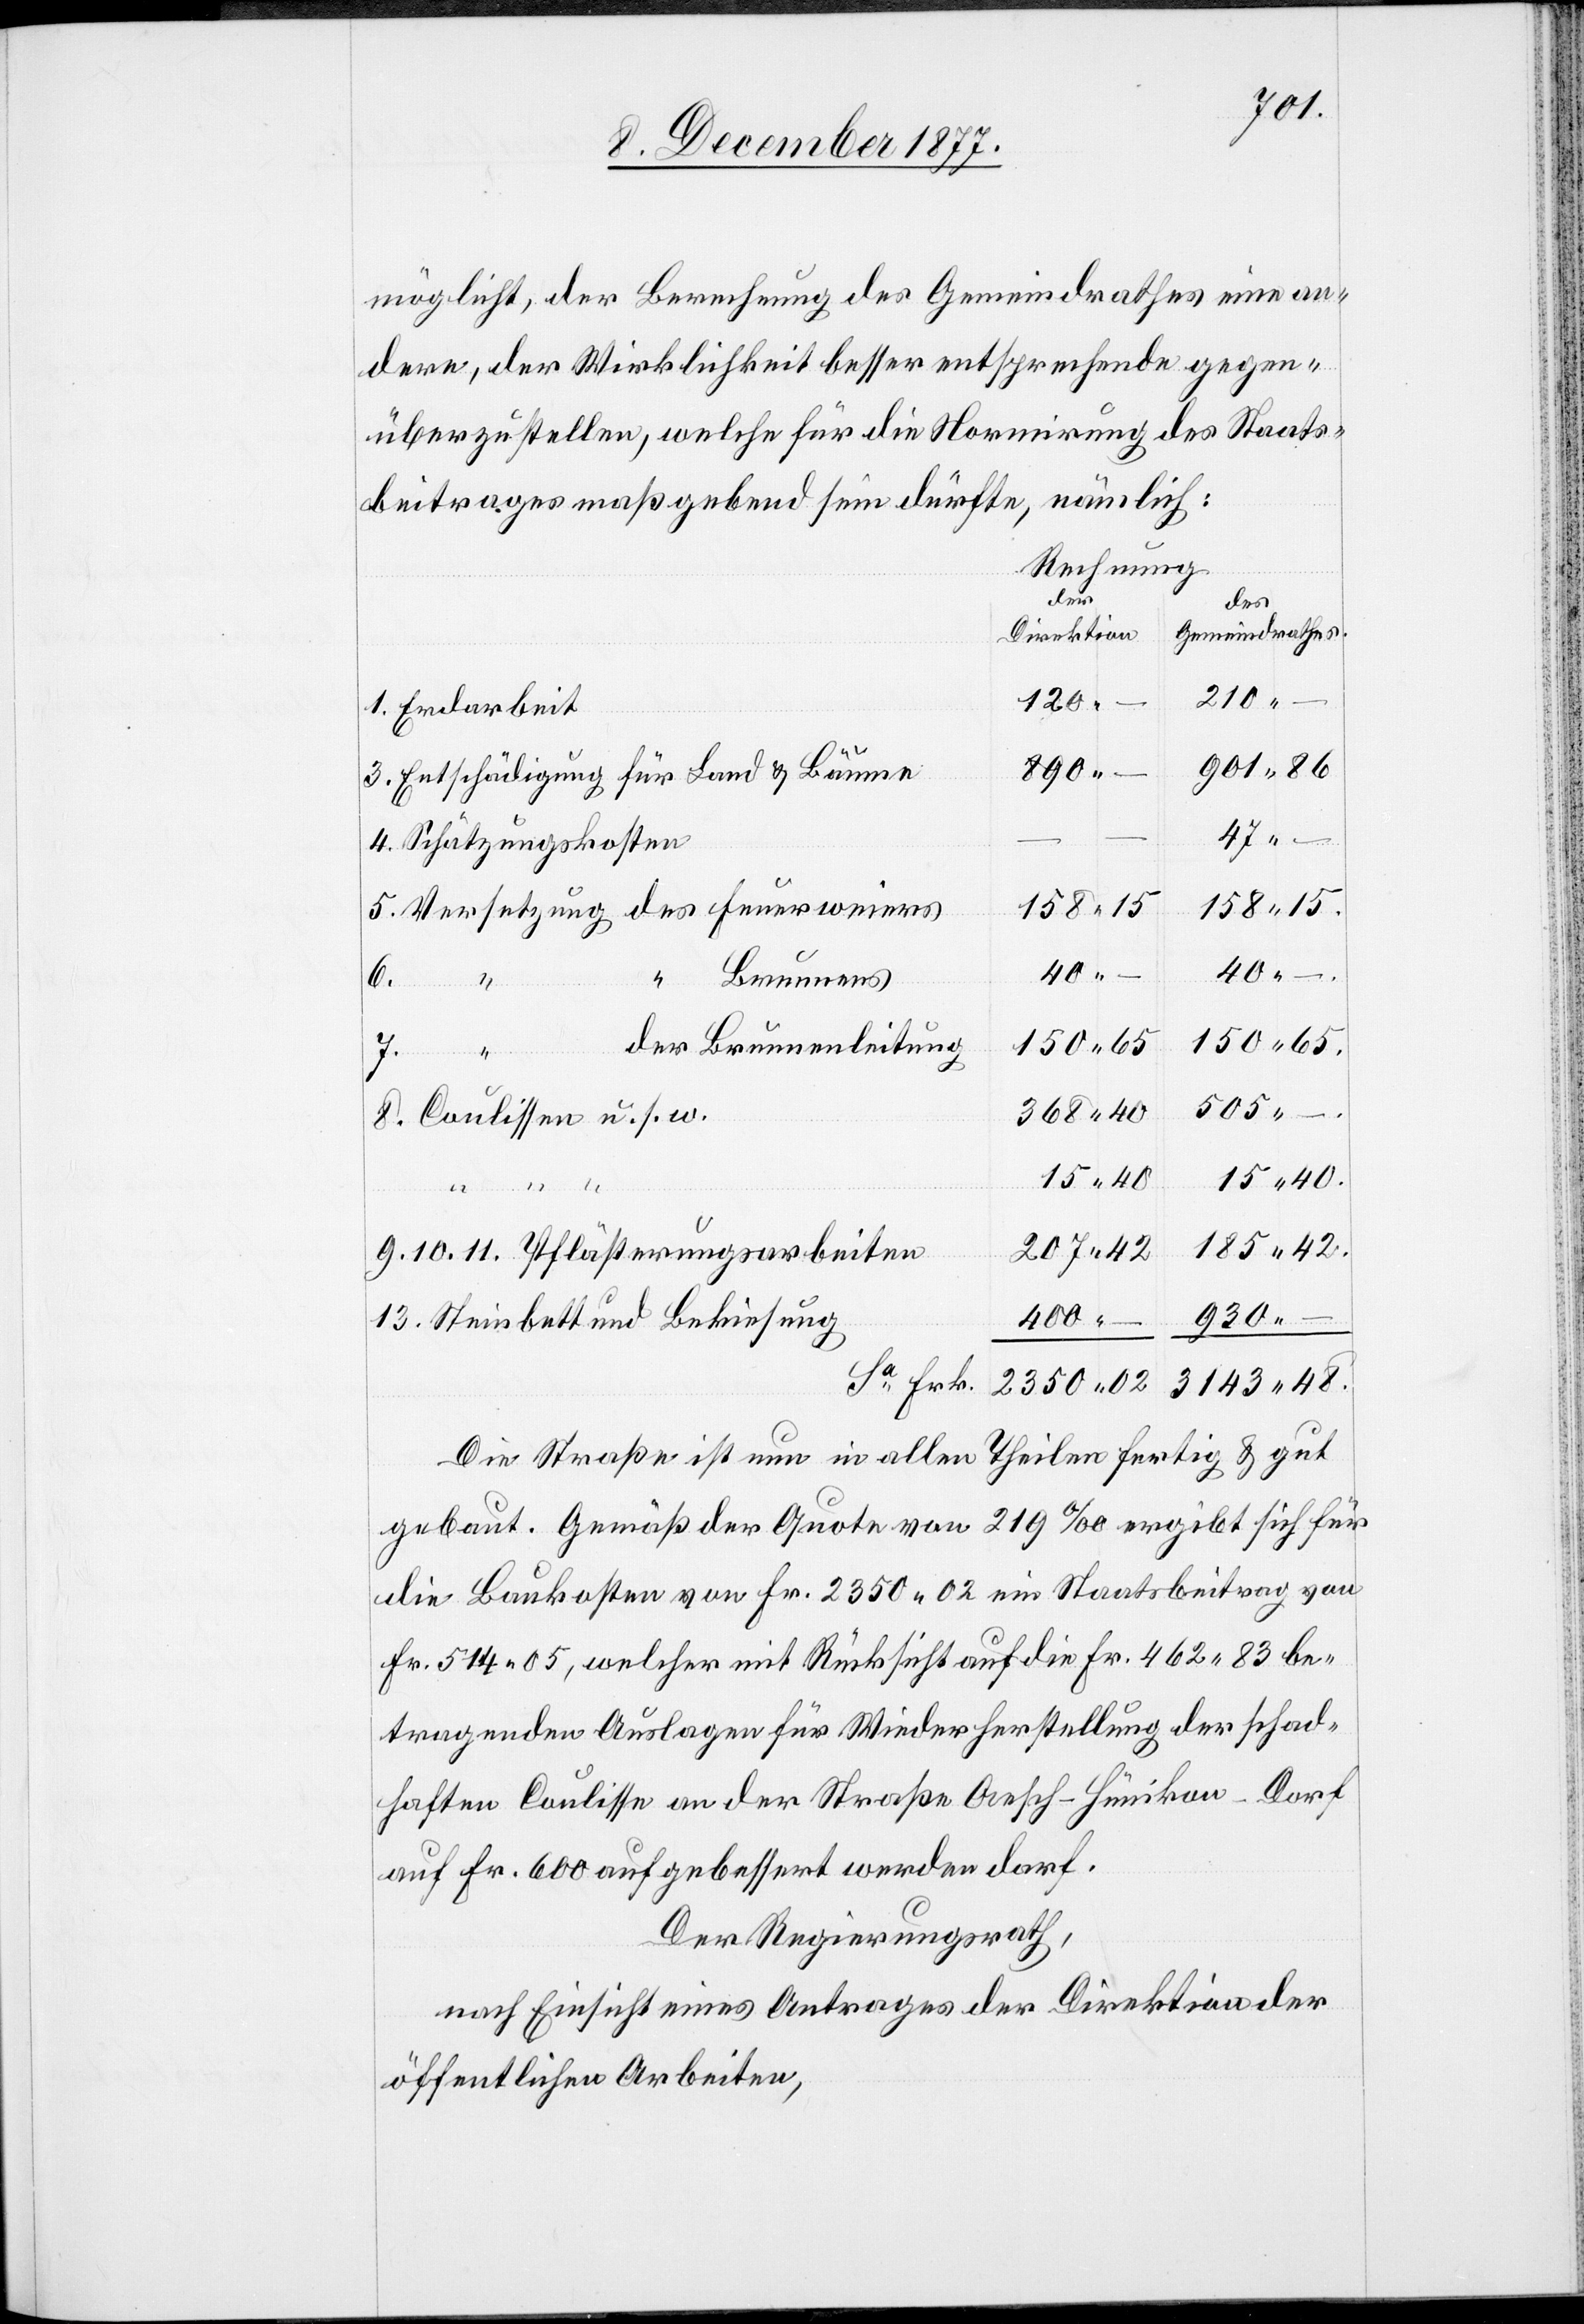
11.
möglicht, der Berechnung des Gemeindrathes eine an¬
dere, der Wirklichkeit besser entsprechende gegen¬
überzustellen, welche für die Normirung des Staats¬
beitrages maßgebend sein dürfte, nämlich:
Rechnung
der
des
Gemeindrathes.
Direktion
120.
890
Entschädigung für Land & Bäume
Schätzungskosten
Versetzung des Feuerweiers
400
40
13.
8.
“ Brunnens
Sa Frk.
48
der Brunnenleitung
505
“ “
150
–
930
Steinbett und Bekiesung
Die Straße ist nun in allen Theilen fertig & gut
gebaut. Gemäß der Quote von 219‰ ergibt sich für
die Baukosten von Fr. 2350 02 ein Staatsbeitrag von
Fr. 514 05, welcher mit Rücksicht auf die Fr. 462 83 be¬
tragenden Auslagen für Wiederherstellung der schad¬
haften Coulisse an der Straße Aesch–Hünikon–Dorf
auf Fr. 600 aufgebessert werden darf.
Der Regierungsrath,
nach Einsicht eines Antrages der Direktion der
öffentlichen Arbeiten,